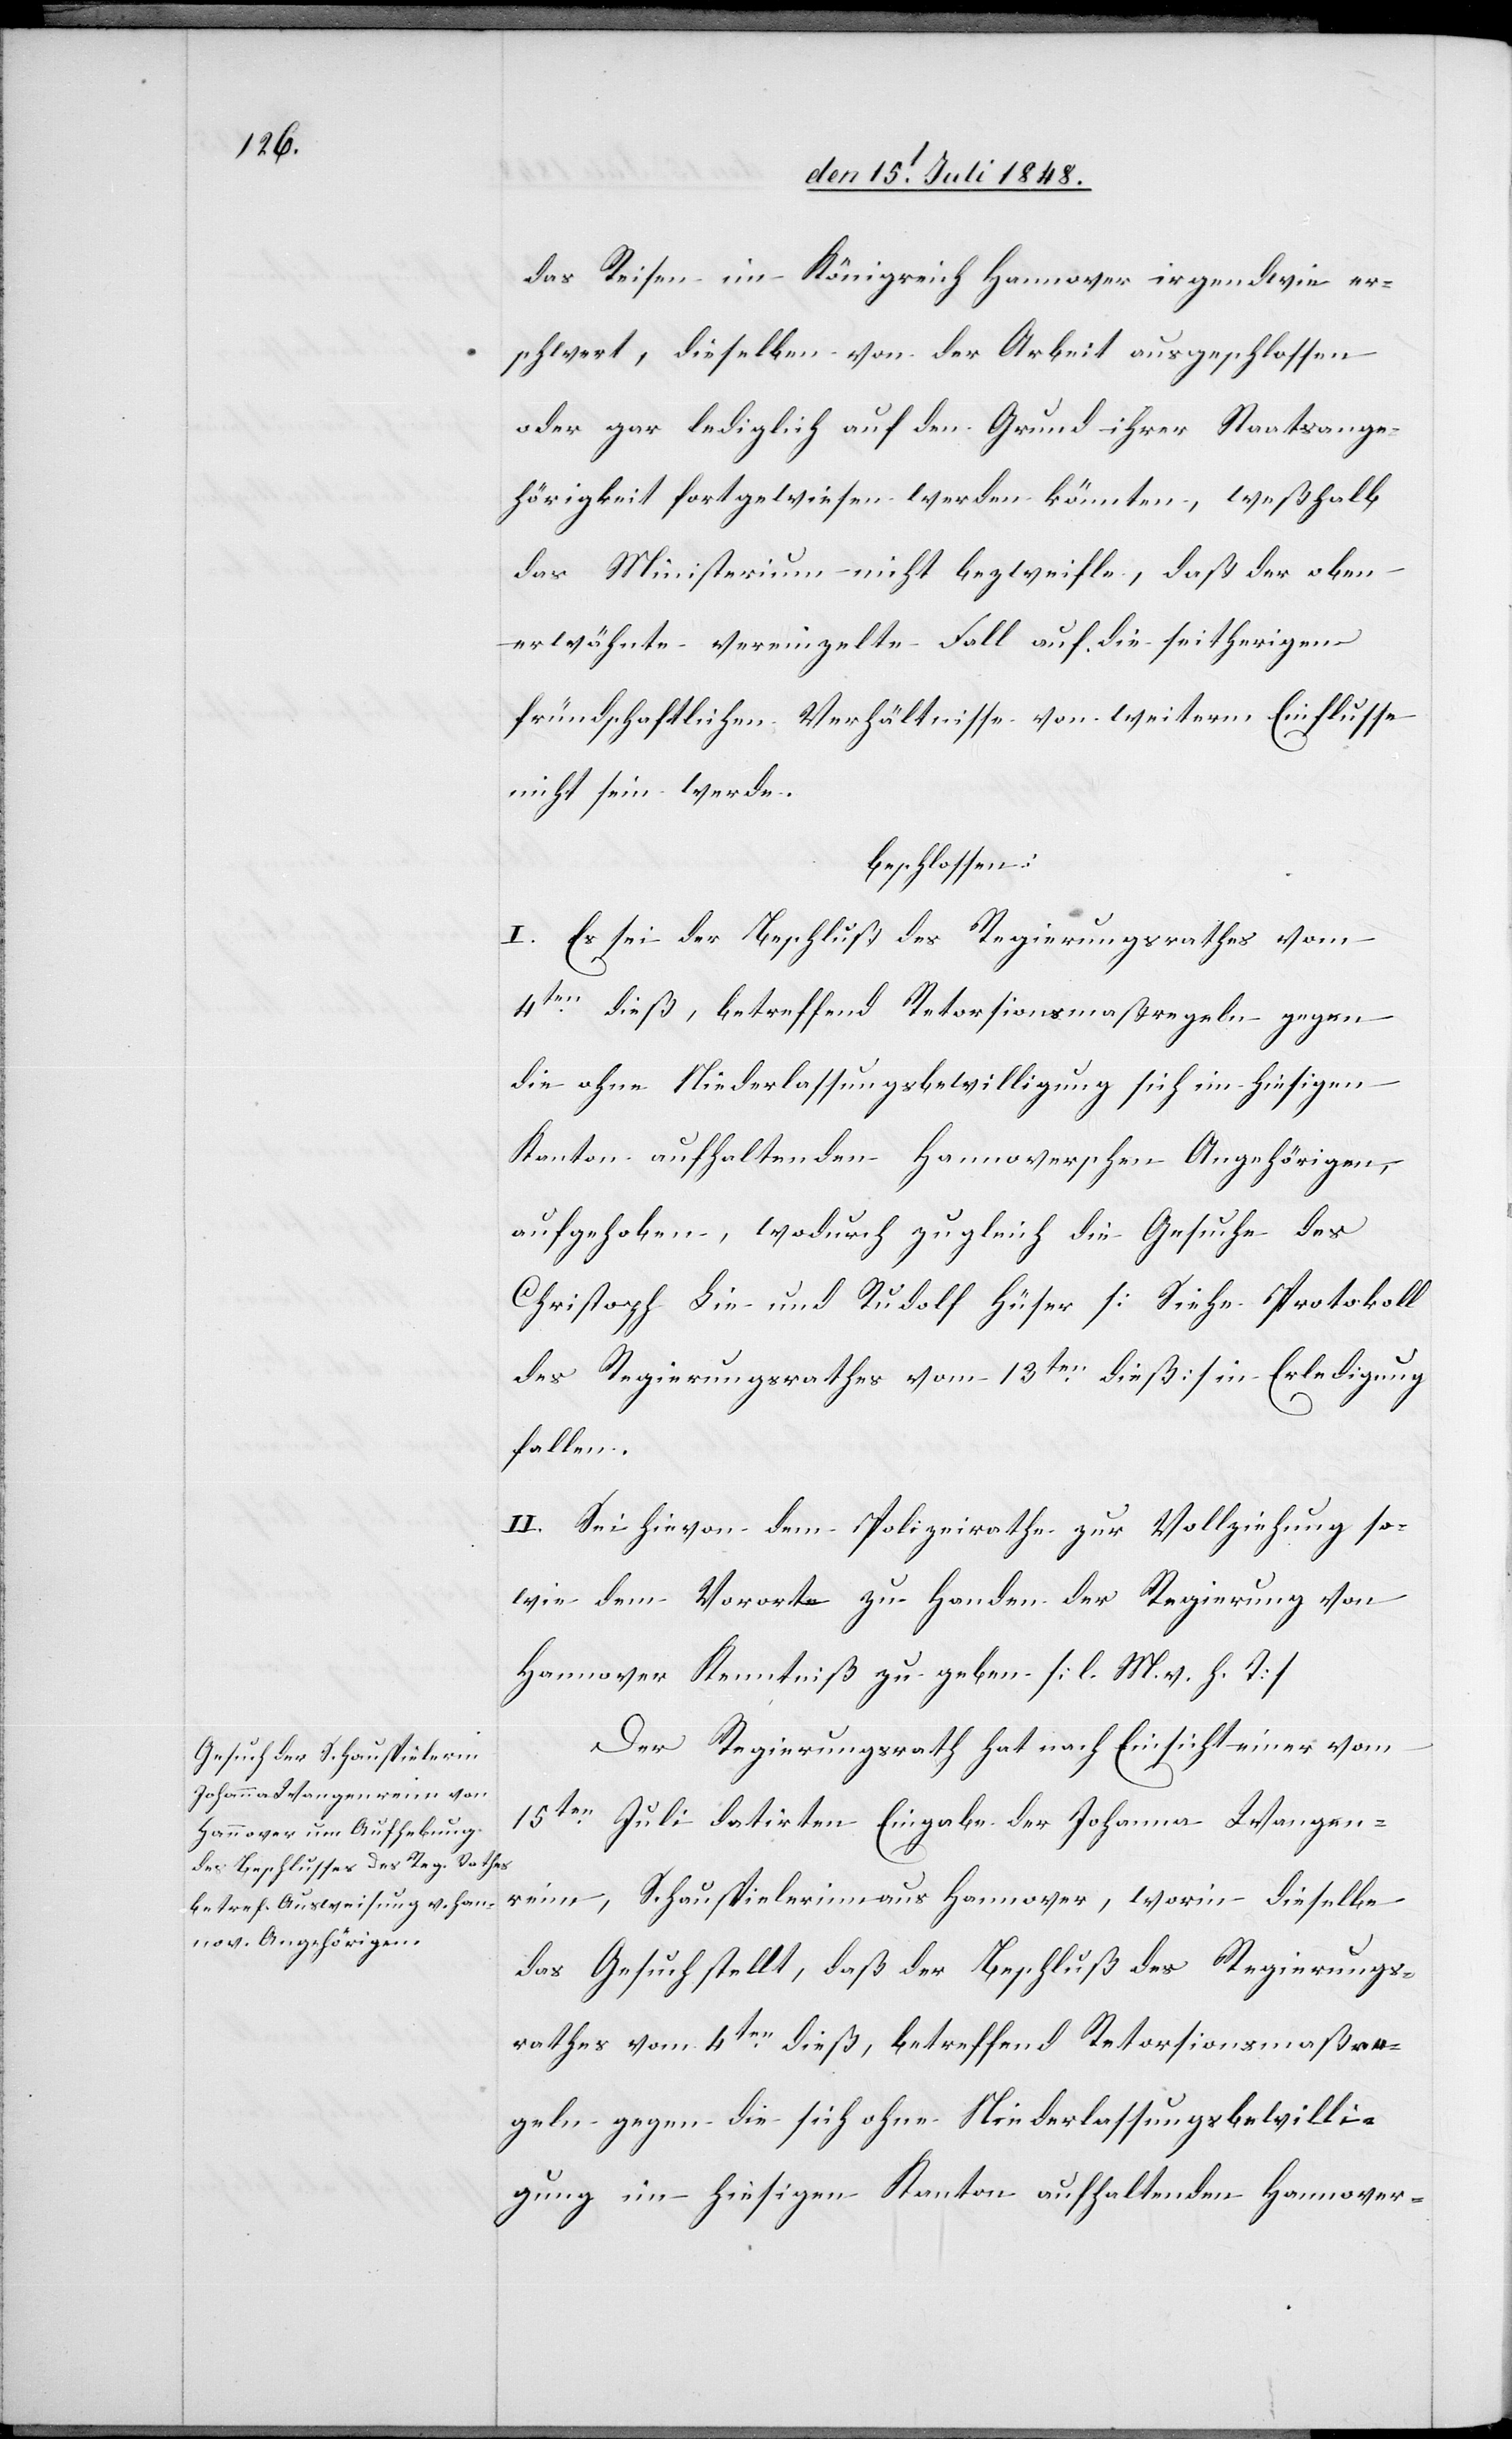
das Reisen im Königreich Hannover irgendwie er¬
schwert, dieselben von der Arbeit ausgeschlossen
oder gar lediglich auf den Grund ihrer Staatsange¬
hörigkeit fortgewiesen werden könnten, weßhalb
das Ministerium nicht bezweifle, daß der oben
erwähnte vereinzelte Fall auf die seitherigen
freundschaftlichen Verhältnisse von weiterm Einflusse
nicht sein werde.
beschlossen:
I. Es sei der Beschluß des Regierungsrathes vom
4ten dieß, betreffend Retorsionsmaßregeln gegen
die ohne Niederlassungsbewilligung sich im hiesigen
Kanton aufhaltenden Hannoverschen Angehörigen,
aufgehoben, wodurch zugleich die Gesuche des
Christoph Lie und Rudolf Hüser [Siehe Protokoll
des Regierungsrathes vom 13ten dieß] in Erledigung
fallen.
II. Sei hievon dem Poliezirathe zur Vollziehung so¬
wie dem Vororte zu Handen der Regierung von
Hannover Kenntniß zu geben. [l. M. v. h. T]
Der Regierungsrath hat nach Einsicht einer vom
15ten Juli datirten Eingabe der Johanna Wangen¬
reim, Schauspielerinn aus Hannover, worin dieselbe
das Gesucht stellt, daß der Beschluß des Regierungs¬
rathes vom 4ten dieß, betreffend Retorsionsmaßre¬
geln gegen die sich ohne Niederlassungsbewilli¬
gung im hiesigen Kanton aufhaltenden Hannover-